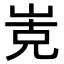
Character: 𭖡